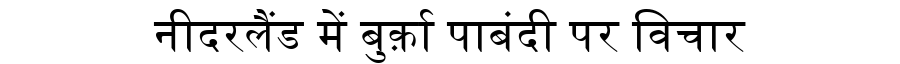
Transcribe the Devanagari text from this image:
नीदरलैंड में बुर्क़ा पाबंदी पर विचार